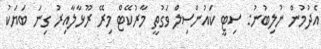
އެދުމުން ނުލިބުނު: ސިޓީ ކައުންސިލް ވަގުތީ މާރުކޭޓް މިރޭ ރޫޅާލާއިރު ގިނަ ބަޔަކު